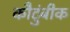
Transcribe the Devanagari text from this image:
कौटुंबीक